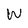
Character: W